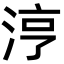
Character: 涥